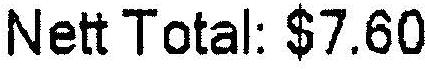
NETT TOTAL: $7.60